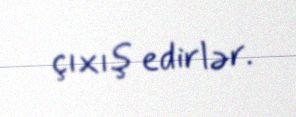
çıxış edirlər.